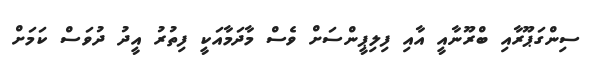
ސިންގަޕޫރާއި ބްރޫނާއީ އާއި ފިލިޕީންސަށް ވެސް މާދަމާއަކީ ފިތުރު އީދު ދުވަސް ކަމަށް